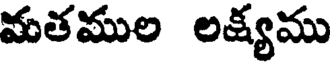
మతముల లక్యము